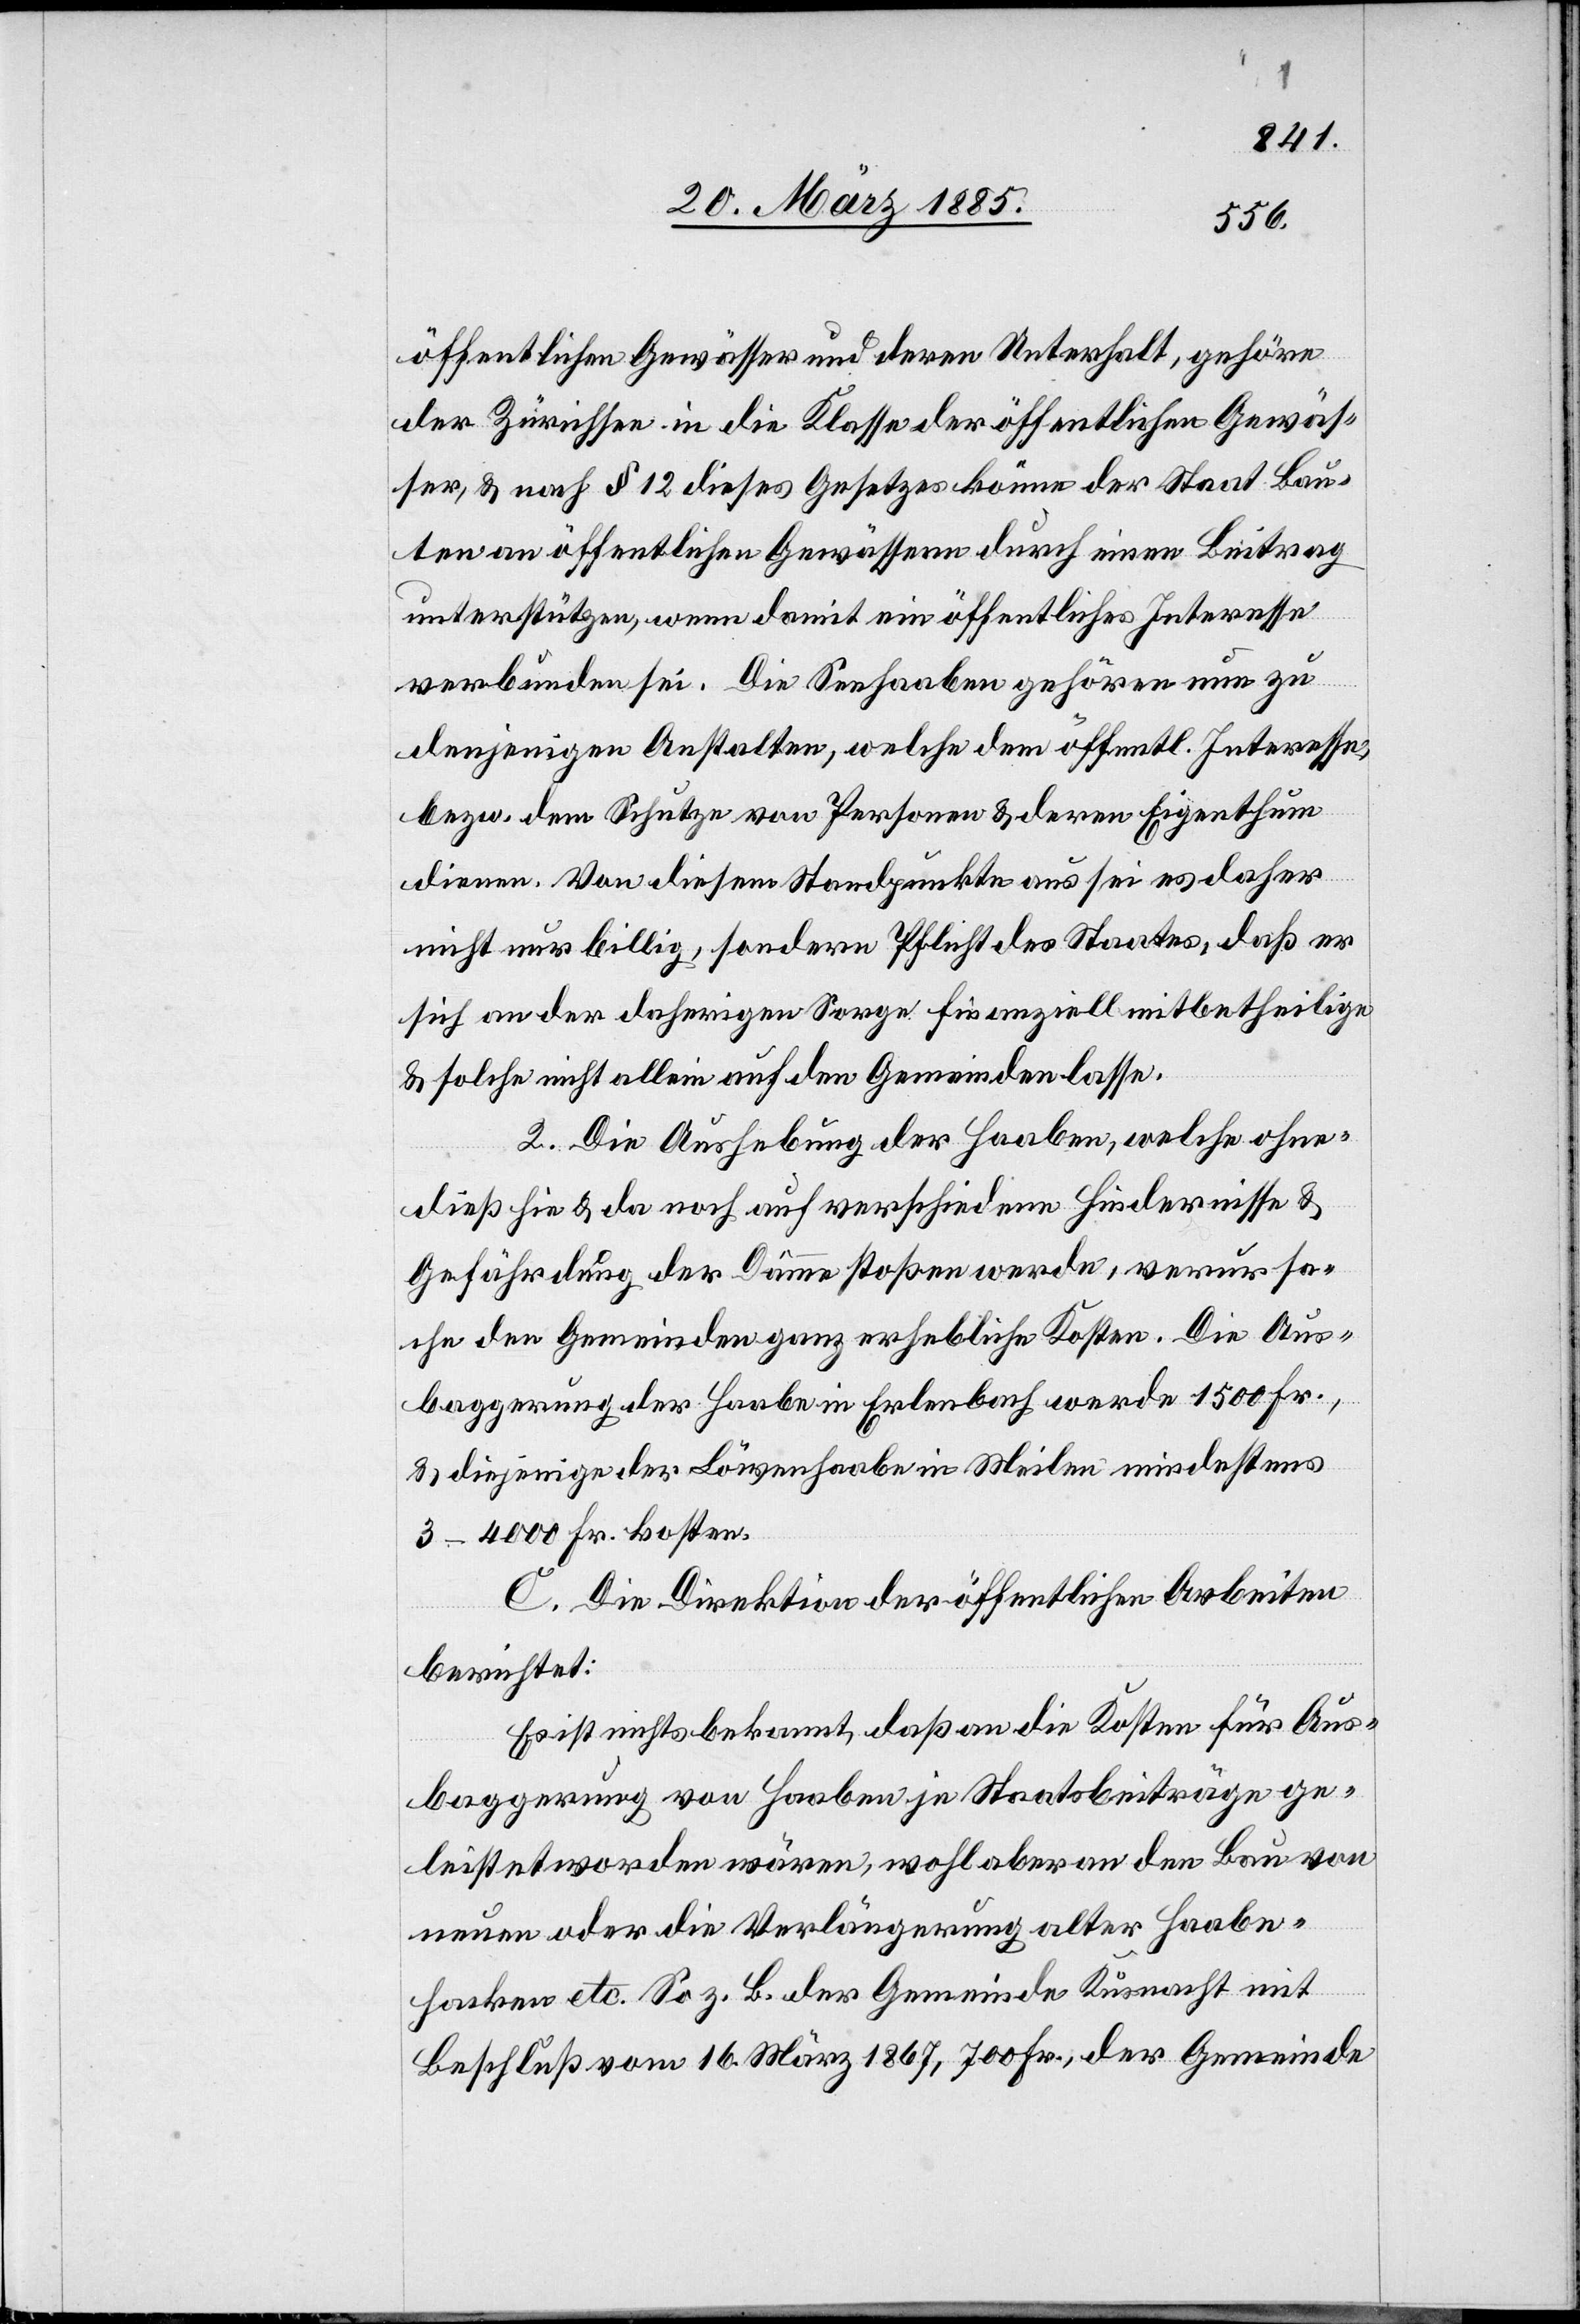
öffentlichen Gewässer und deren Unterhalt, gehöre
der Zürichsee in die Klasse der öffentlichen Gewäs¬
ser, & nach § 12 dieses Gesetzes könne der Staat Bau¬
ten an öffentlichen Gewässern durch einen Beitrag
unterstützen, wenn damit ein öffentliches Interesse
verbunden sei. Die Seehaaben gehören nun zu
denjenigen Anstalten, welche dem öffentl. Interesse,
bezw. dem Schutze von Personen & deren Eigenthum
dienen. Von diesem Standpunkte aus sei es daher
nicht nur billig, sondern Pflicht des Staates, daß er
sich an der daherigen Sorge finanziell mitbetheilige
& solche nicht allein auf den Gemeinden lasse.
2. Die Aushebung der Haaben, welche ohne¬
dieß hie & da noch auf verschiedene Hindernisse &
Gefährdung der Dämme stoßen werde, verursa¬
che den Gemeinden ganz erhebliche Kosten. Die Aus¬
baggerung der Haabe in Erlenbach werde 1500 Fr.,
& diejenige der Löwenhaabe in Meilen mindestens
3–4000 Fr. kosten.
C. Die Direktion der öffentlichen Arbeiten
berichtet:
Es ist nichts bekannt, daß an die Kosten für Aus¬
baggerung von Haaben je Staatsbeiträge ge¬
leistet worden wären, wohl aber an den Bau von
neuen oder die Verlängerung alter Haabe¬
hasken etc. So z. B. der Gemeinde Küsnacht mit
Beschluß vom 16. März 1867, 700 Fr., der Gemeinde